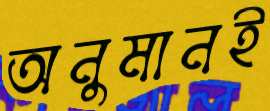
অনুমানই